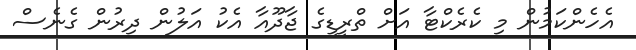
އެހެންކަމުން މި ކެރެކްޓާ އަށް ތްރީޑީގެ ޖާދޫއާ އެކު އަލުން ދިރުން ގެނެސް